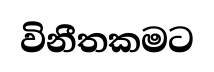
විනීතකමට